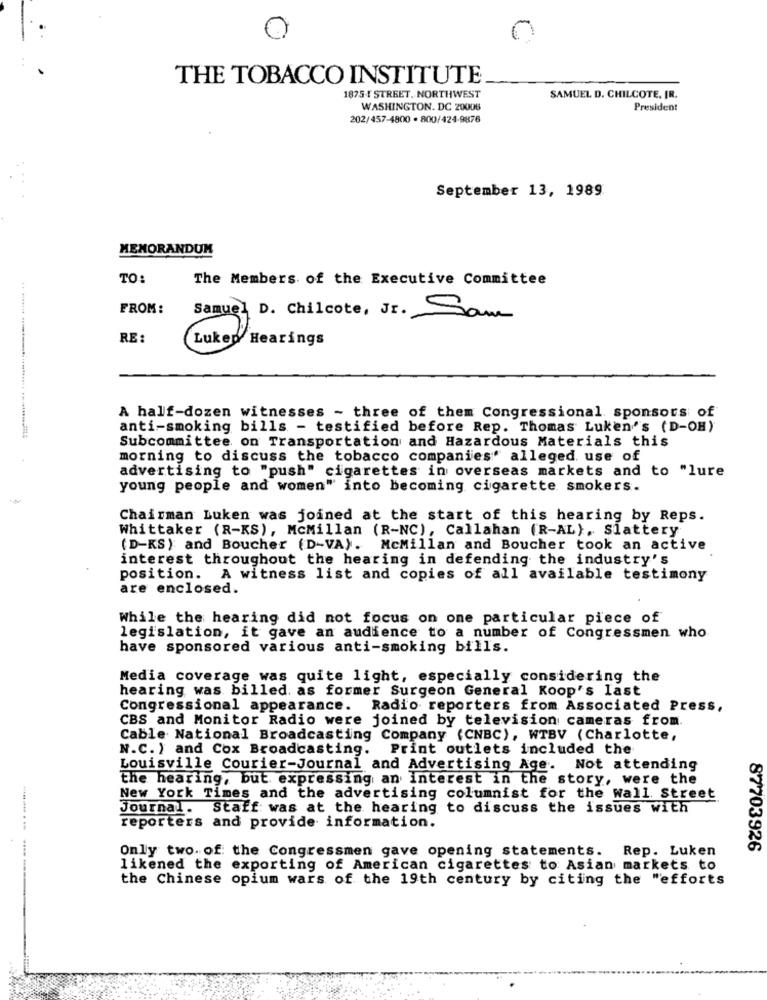
THE TOBACCO INSTITUTE
18754 STREET. NORTHWEST
SAMUEL D. CHILCOTE, IR.
WASHINGTON, DC 20006
President
202/457-4800 . 800/424-9876
September 13, 1989
MEMORANDUM
TO:
The Members of the Executive Committee
FROM:
Samuel D. Chilcote, Jr. Sam
RE :
Lukep Hearings
A half-dozen witnesses - three of them Congressional sponsors of
anti-smoking bills - testified before Rep. Thomas Luken's (D-OH)
Subcommittee on Transportation and Hazardous Materials this
morning to discuss the tobacco companies" alleged. use of
advertising to "push" cigarettes in overseas markets and to "lure
young people and women" into becoming cigarette smokers.
Chairman Luken was joined at the start of this hearing by Reps.
Whittaker (R-KS), McMillan (R-NC), Callahan (R-AL), Slattery
(D-KS) and Boucher (D-VA). McMillan and Boucher took an active
interest throughout the hearing in defending the industry's
position. A witness list and copies of all available testimony
are enclosed.
While the hearing did not focus on one particular piece of
legislation, it gave an audience to a number of Congressmen who
have sponsored various anti-smoking bills.
Media coverage was quite light, especially considering the
hearing was billed. as former Surgeon General Koop's last
Congressional appearance. Radio reporters from Associated Press,
CBS and Monitor Radio were joined by television cameras from.
Cable National Broadcasting Company (CNBC), WTBV (Charlotte,
N.C. ) and Cox Broadcasting. Print outlets included the
Louisville Courier-Journal and Advertising Age. Not attending
the hearing, but expressing an interest in the story, were the
New York Times and the advertising columnist for the Wall Street
Journal. Staff was at the hearing to discuss the issues with
reporters and provide information.
Only two. of the Congressmen gave opening statements. Rep. Luken
87703926
likened the exporting of American cigarettes to Asian markets to
the Chinese opium wars of the 19th century by citing the "efforts
----- -----